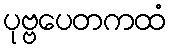
ပုဗ္ဗပေတကထံ